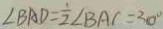
\angle B A D = \frac { 1 } { 2 } \angle B A C = 3 0 ^ { \circ }